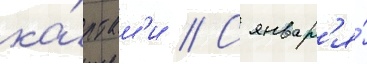
ка́ртам'и // С январ'я́